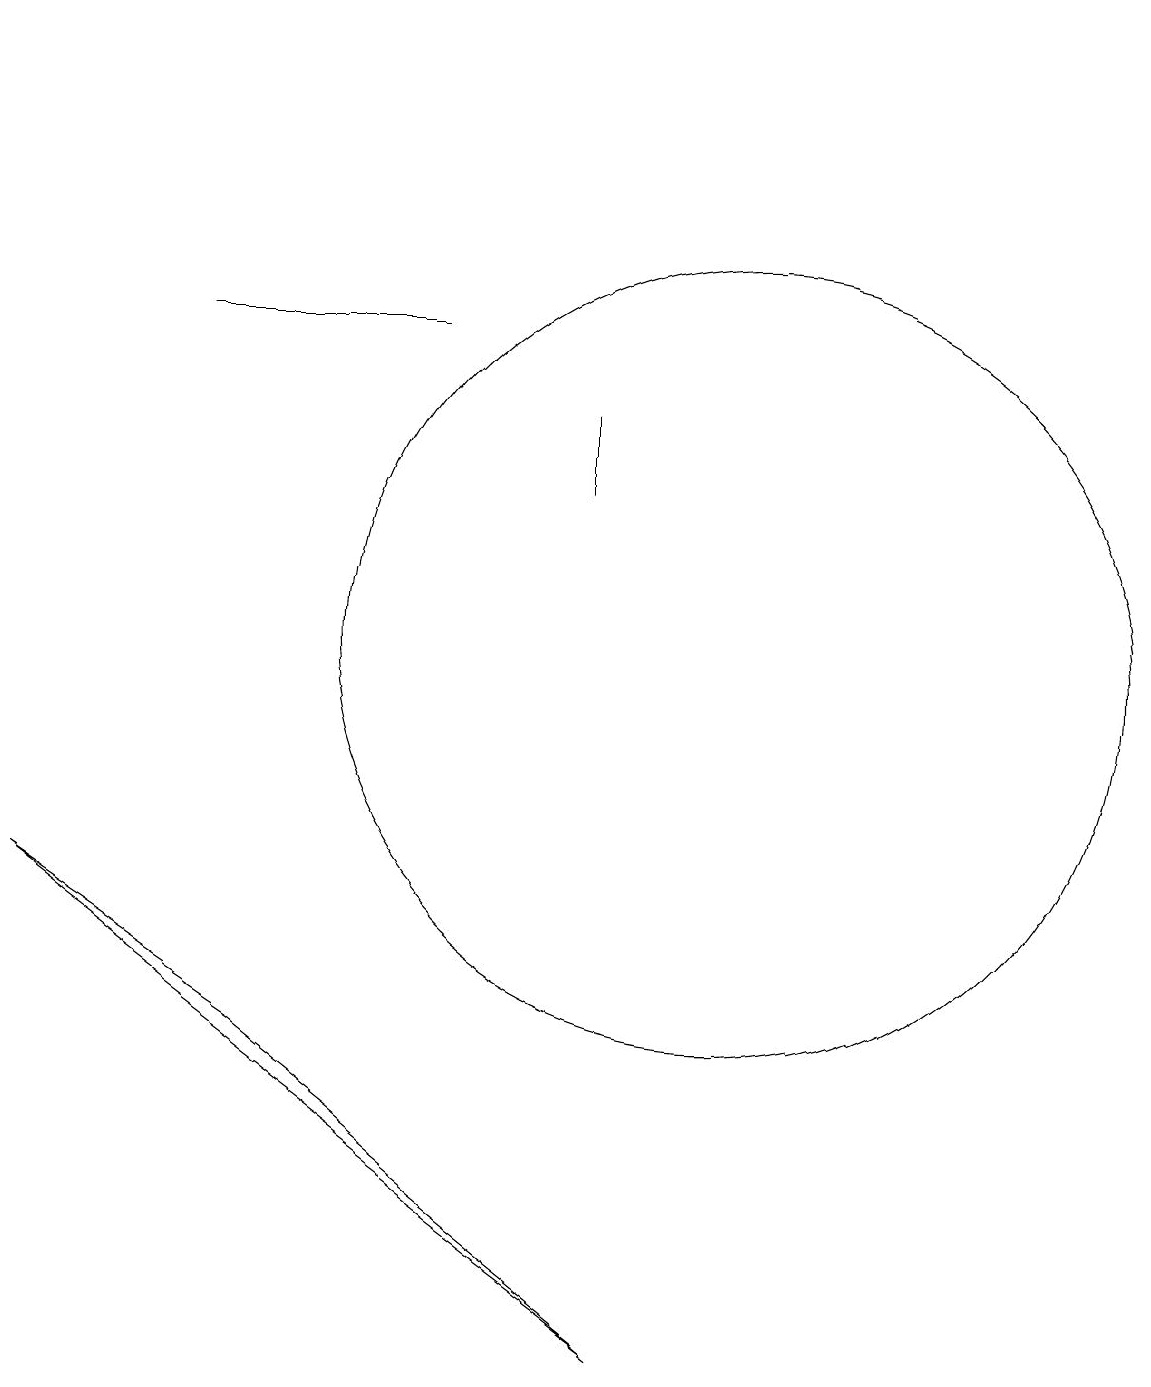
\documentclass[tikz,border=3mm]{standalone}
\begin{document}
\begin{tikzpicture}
\draw (9,2) -- (1,8) -- (4,6) -- cycle;
\draw[->] (3,19) -- (1,19);
\draw (10,11) circle (5);
\draw (6,15) rectangle (3,15);
\draw (8,13) rectangle (8,14);
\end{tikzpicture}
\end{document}